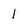
Character: 1